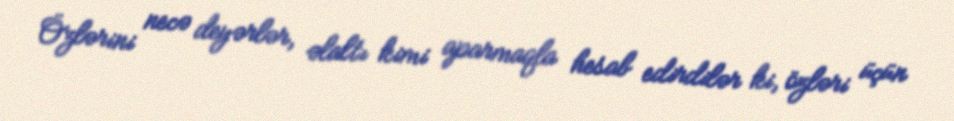
Özlərini necə deyərlər, əlaltı kimi aparmaqla hesab edirdilər ki, özləri üçün